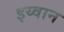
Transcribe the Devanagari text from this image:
इय्वान